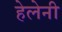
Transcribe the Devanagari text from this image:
हेलेनी